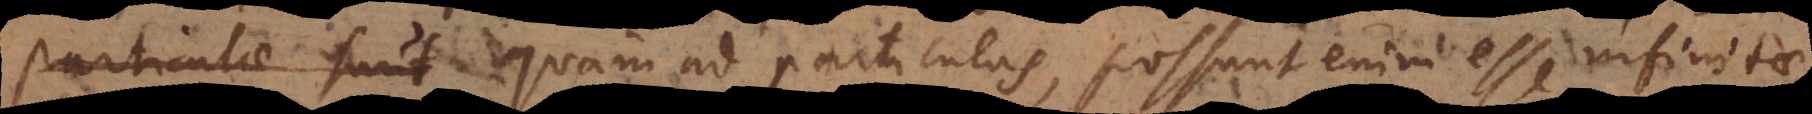
Particulae sunt quam ad particulas, possunt enim esse infinitae